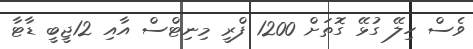
ވެސް ހިލޭ ގުޅޭ ގޮތަށް 1200 ފްރީ މިނިޓްސް އާއި 12ޖީބީ ޑާޓާ